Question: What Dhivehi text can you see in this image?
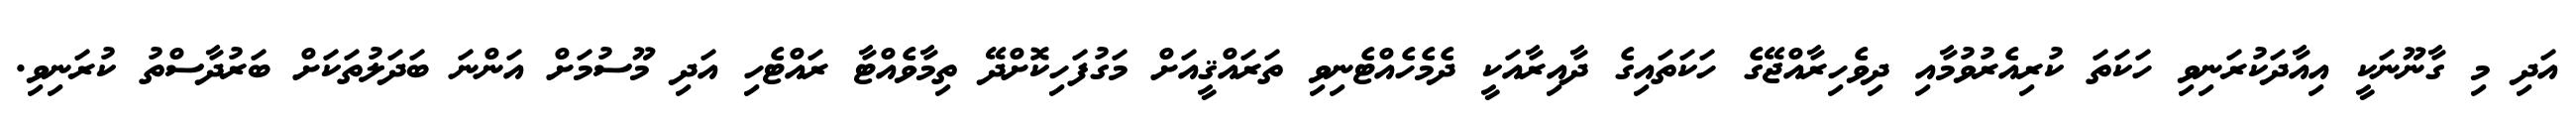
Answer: އަދި މި ގާނޫނަކީ އިއާދަކުރަނިވި ހަކަތަ ކުރިއެރުވުމާއި ދިވެހިރާއްޖޭގެ ހަކަތައިގެ ދާއިރާއަކީ ދެމެހެއްޓެނިވި ތަރައްޤީއަށް މަގުފަހިކޮށްދޭ ތިމާވެއްޓާ ރައްޓެހި އަދި މޫސުމަށް އަންނަ ބަދަލުތަކަށް ބަރުދާސްތު ކުރަނިވި.